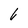
Character: 6